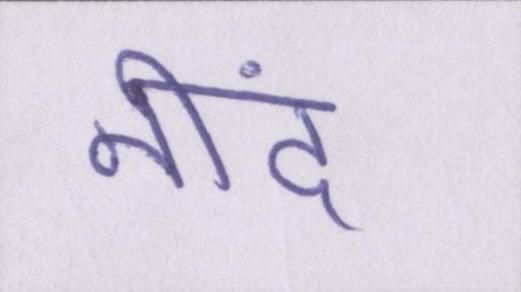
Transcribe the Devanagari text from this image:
नींद